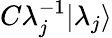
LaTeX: C\lambda_{j}^{-1}|\lambda_{j}\rangle